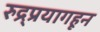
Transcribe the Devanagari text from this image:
रुद्र्प्रयागहून